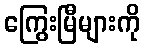
ကြွေးမြီများကို